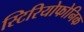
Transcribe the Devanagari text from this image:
स्टिरियोफोनिक